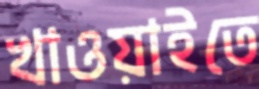
খাওয়াইতে